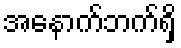
အနောက်ဘက်ရှိ